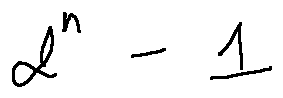
2 ^ { n } - 1